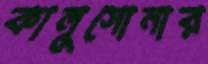
কালুসোনার